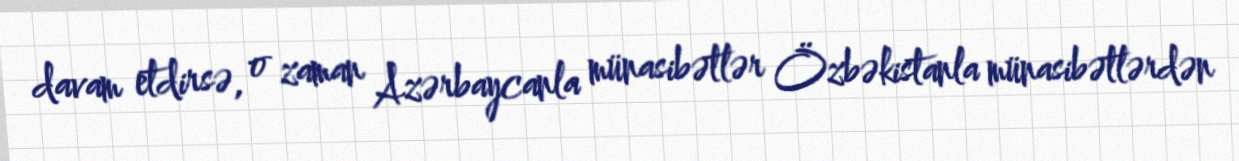
davam etdirsə, o zaman Azərbaycanla münasibətlər Özbəkistanla münasibətlərdən